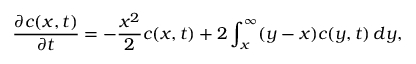
{ \frac { \partial c ( x , t ) } { \partial t } } = - { \frac { x ^ { 2 } } { 2 } } c ( x , t ) + 2 \int _ { x } ^ { \infty } ( y - x ) c ( y , t ) \, d y ,